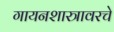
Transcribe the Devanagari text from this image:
गायनशास्त्रावरचे